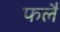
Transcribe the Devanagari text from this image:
फलै